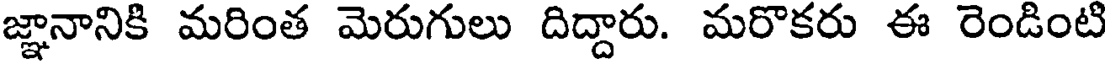
జ్ఞానానికి మరింత మెరుగులు దిద్దారు. మరొకరు ఈ రెండింటి